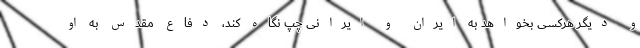
و دیگر هرکسی بخواهد به ایران و ایرانی چپ نگاه کند، دفاع مقدس به او